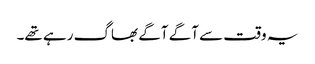
یہ وقت سے آگے آگے بھاگ رہے تھے۔